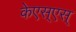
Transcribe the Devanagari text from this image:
केएस्‌एस्‌